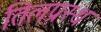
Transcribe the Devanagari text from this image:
तिलप्रस्थ